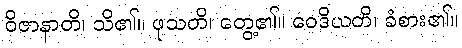
ဝိဇာနာတိ၊ သိ၏။ ဖုသတိ၊ တွေ့၏။ ဝေဒိယတိ၊ ခံစား၏။